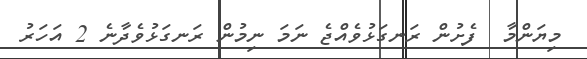
މިޔަންމާ  ފެށުން ރަނގަޅުވެއްޖެ ނަމަ ނިމުން ރަނގަޅުވެދާނެ 2 އަހަރު